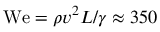
\mathrm { W e } = \rho v ^ { 2 } L / \gamma \approx 3 5 0